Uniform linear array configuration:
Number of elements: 12
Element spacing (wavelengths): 0.25
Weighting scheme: cosine
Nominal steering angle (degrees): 15
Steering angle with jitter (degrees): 14.806
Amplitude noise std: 0.05
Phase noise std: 0.05

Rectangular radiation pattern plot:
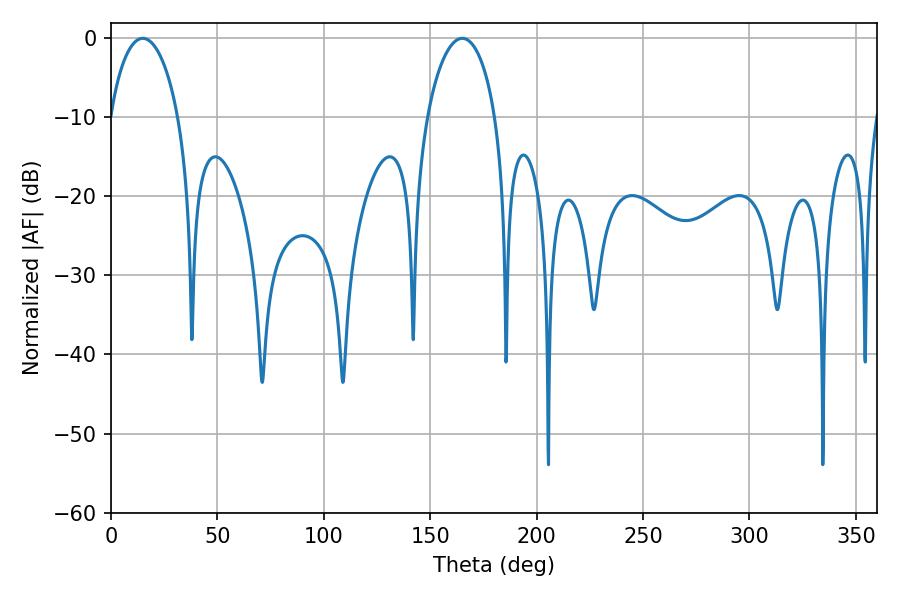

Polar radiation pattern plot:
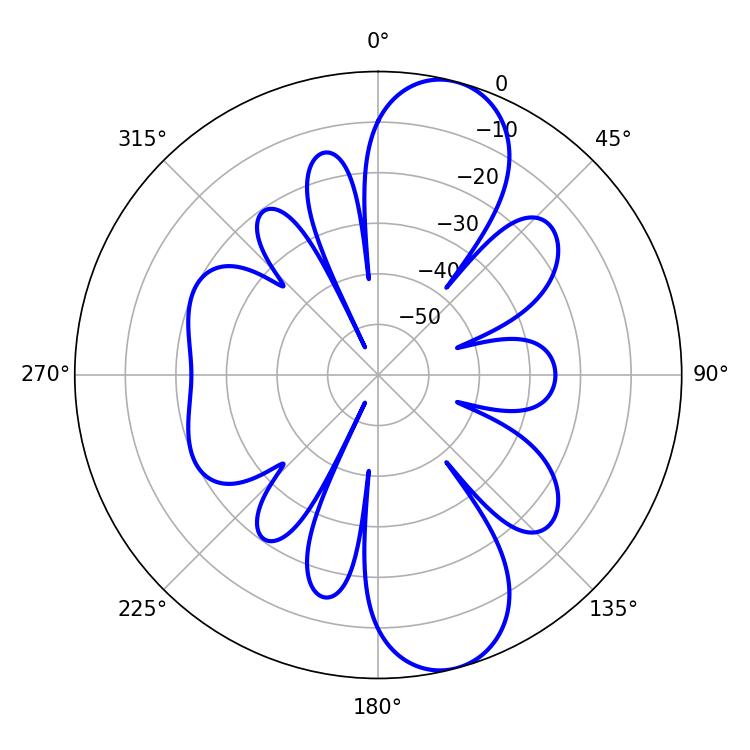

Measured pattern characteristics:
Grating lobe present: FALSE
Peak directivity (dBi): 10.606
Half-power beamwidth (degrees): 18.36
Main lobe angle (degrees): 14.94